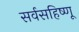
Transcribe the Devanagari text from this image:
सर्वसहिष्णू